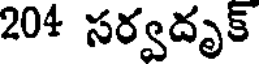
204 సర్వదృక్